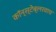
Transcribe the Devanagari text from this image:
कॉन्स्टेब्लरवाच